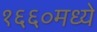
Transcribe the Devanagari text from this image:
१६६०मध्ये